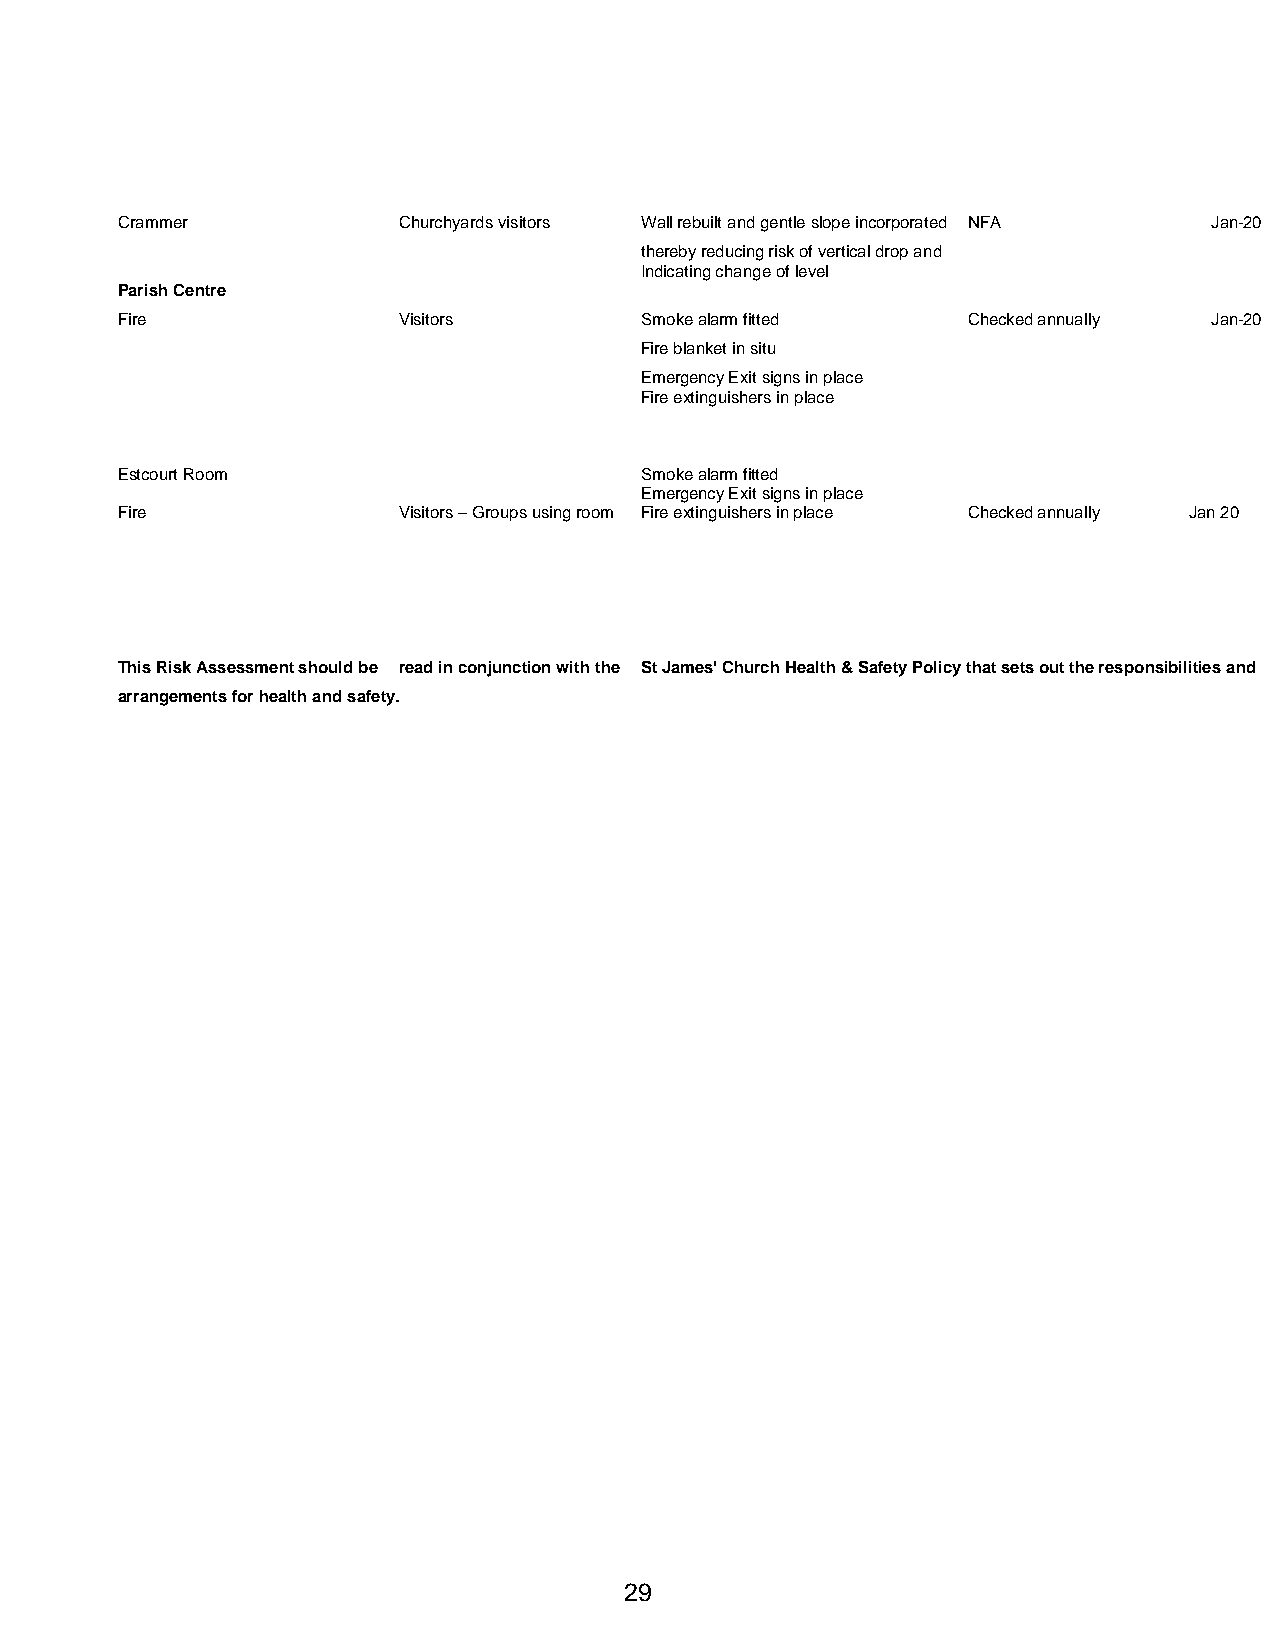
Crammer           Churchyards visitors Wall rebuilt and gentle slope incorporated NFA Jan-20
 thereby reducing risk of vertical drop and
 Indicating change of level
 Parish Centre
 Fire              Visitors        Smoke alarm fitted    Checked annually Jan-20
 Fire blanket in situ
 Emergency Exit signs in place
 Fire extinguishers in place
 Estcourt Room                     Smoke alarm fitted
 Emergency Exit signs in place
 Fire              Visitors – Groups using room Fire extinguishers in place Checked annually Jan 20
 This Risk Assessment should be read in conjunction with the St James' Church Health & Safety Policy that sets out the responsibilities and
 arrangements for health and safety.
 29